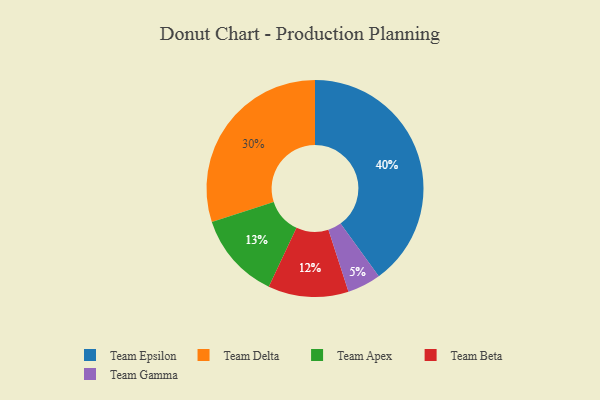
{"axis": {"x": "Category", "y": "Percentage"}, "legend": ["Team Apex", "Team Beta", "Team Delta", "Team Epsilon", "Team Gamma"], "data": [{"x": "Team Epsilon", "y": 40, "type": "Team Epsilon"}, {"x": "Team Beta", "y": 12, "type": "Team Beta"}, {"x": "Team Delta", "y": 30, "type": "Team Delta"}, {"x": "Team Apex", "y": 13, "type": "Team Apex"}, {"x": "Team Gamma", "y": 5, "type": "Team Gamma"}]}